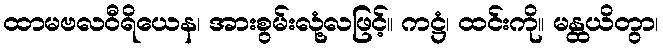
ထာမဗလဝီရိယေန၊ အားစွမ်းလုံ့လဖြင့်။ ကဋ္ဌံ၊ ထင်းကို။ မန္ထယိတွာ၊